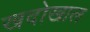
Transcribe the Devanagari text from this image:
खदोखाल